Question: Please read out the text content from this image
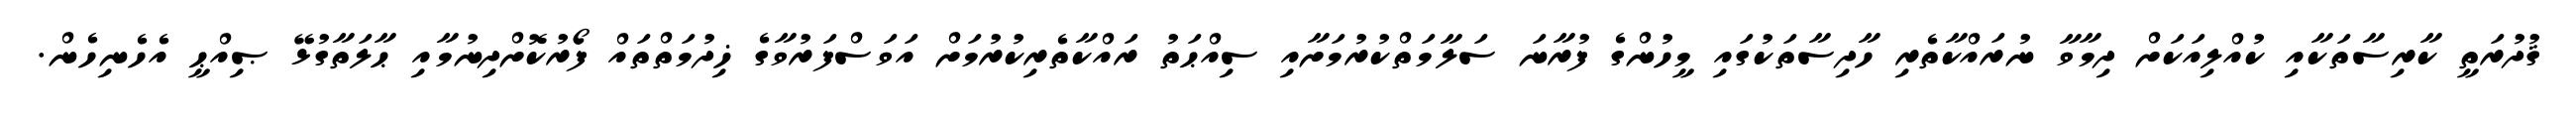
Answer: ޤުދުރަތީ ކާރިސާތަކާއި ކުއްލިއަކަށް ދިމާވާ ނުރައްކާތެރި ހާދިސާތަކުގައި މީހުންގެ ފުރާނަ ސަލާމަތްކުރުމަށާއި ސިއްޙަތު ރައްކާތެރިކުރުމަށް އަވަސްފަރުވާގެ ޚިދުމަތްތައް ފޯރުކޮށްދިނުމާއި ޙާލަތާގުޅޭ ޞިއްޙީ އެހެނިހެން.